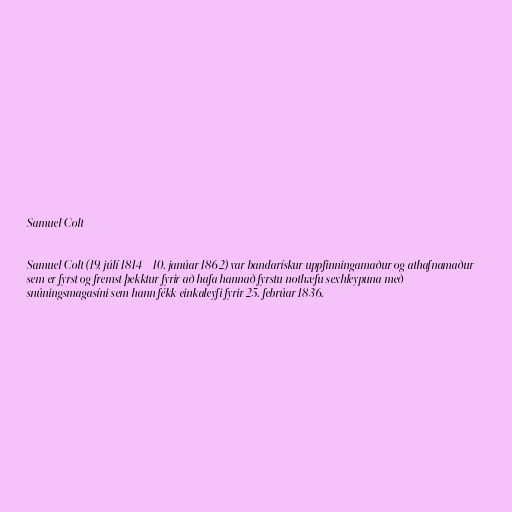
Samuel Colt

Samuel Colt (19. júlí 1814 – 10. janúar 1862) var bandarískur uppfinningamaður og athafnamaður
sem er fyrst og fremst þekktur fyrir að hafa hannað fyrstu nothæfu sexhleypuna með
snúningsmagasíni sem hann fékk einkaleyfi fyrir 25. febrúar 1836.